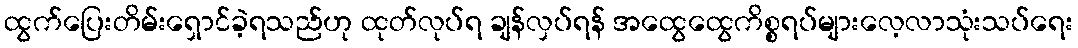
ထွက်ပြေးတိမ်းရှောင်ခဲ့ရသည်ဟု ထုတ်လုပ်ရ ချန်လှပ်ရန် အထွေထွေကိစ္စရပ်များလေ့လာသုံးသပ်ရေး